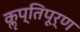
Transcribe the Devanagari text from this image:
कॢप्तिपूर्ण